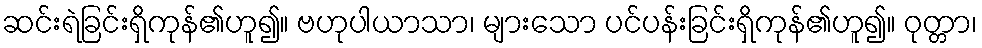
ဆင်းရဲခြင်းရှိကုန်၏ဟူ၍။ ဗဟုပါယာသာ၊ များသော ပင်ပန်းခြင်းရှိကုန်၏ဟူ၍။ ဝုတ္တာ၊